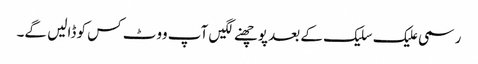
رسمی علیک سلیک کے بعد پوچھنے لگیں آپ ووٹ کس کو ڈالیں گے۔